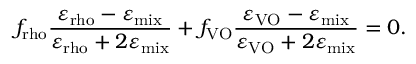
f _ { \mathrm { r h o } } \frac { \varepsilon _ { \mathrm { r h o } } - \varepsilon _ { \mathrm { m i x } } } { \varepsilon _ { \mathrm { r h o } } + 2 \varepsilon _ { \mathrm { m i x } } } + f _ { \mathrm { V O } } \frac { \varepsilon _ { \mathrm { V O } } - \varepsilon _ { \mathrm { m i x } } } { \varepsilon _ { \mathrm { V O } } + 2 \varepsilon _ { \mathrm { m i x } } } = 0 .